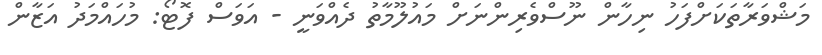
މަޝްވަރާތަކަށްފަހު ނިހާން ނޫސްވެރިންނަށް މައުލޫމާތު ދެއްވަނީ - އަވަސް ފޮޓޯ: މުހައްމަދު އަޒާން